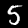
Label: 5